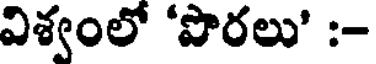
విశ్వంలో 'పొరలు' :-